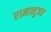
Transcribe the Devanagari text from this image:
रामानुजर